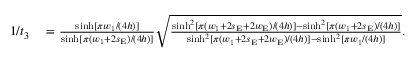
\begin{array} { r l } { 1 / t _ { 3 } } & { { } = \frac { \sinh [ \pi w _ { 1 } / ( 4 h ) ] } { \sinh [ \pi ( w _ { 1 } + 2 s _ { \mathrm { E } } ) / ( 4 h ) ] } \sqrt { \frac { \sinh ^ { 2 } [ \pi ( w _ { 1 } + 2 s _ { \mathrm { E } } + 2 w _ { \mathrm { E } } ) / ( 4 h ) ] - \sinh ^ { 2 } [ \pi ( w _ { 1 } + 2 s _ { \mathrm { E } } ) / ( 4 h ) ] } { \sinh ^ { 2 } [ \pi ( w _ { 1 } + 2 s _ { \mathrm { E } } + 2 w _ { \mathrm { E } } ) / ( 4 h ) ] - \sinh ^ { 2 } [ \pi w _ { 1 } / ( 4 h ) ] } } . } \end{array}